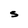
Character: S